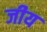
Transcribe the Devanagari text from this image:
जीय